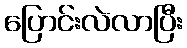
ပြောင်းလဲလာပြီး